Report of the Municipal Commissioner on the plague in Bombay for the year ending 31st May... - Volume 3
Disease focus: Plague
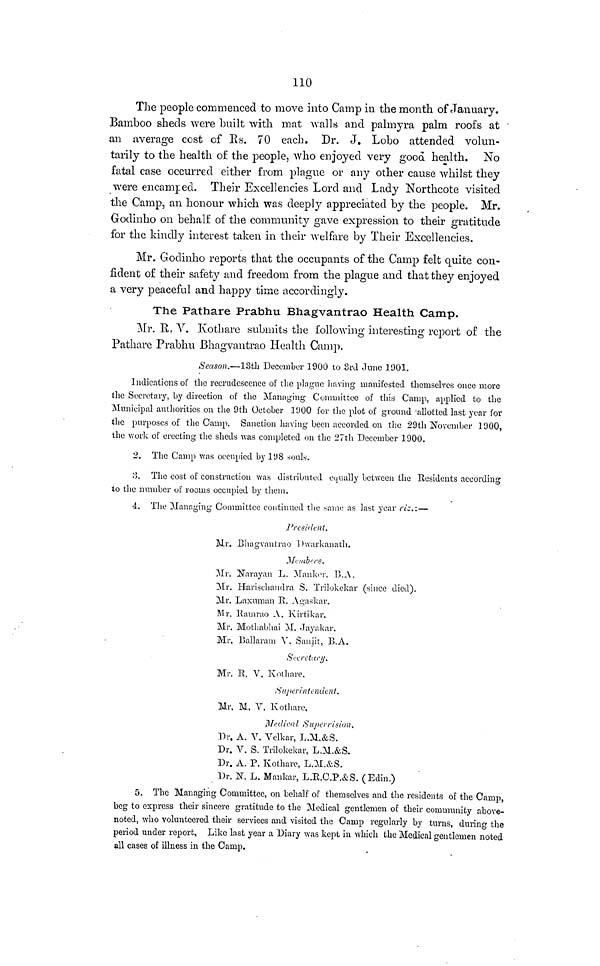
110
The people commenced to move into Camp in the month of January.
Bamboo sheds were "built with mat Avails and palmyra palm roofs at
an average cost of Rs. 70 each. Dr. J. Lobo attended volun-
tarily to the health of the people, who enjoyed very good health. No
fatal case occurred either from plague or any other cause whilst they
were encamped. Their Excellencies Lord and Lady Northcote visited
the Camp, an honour which was deeply appreciated by the people. Mr.
Godinho on behalf of the community gave expression to their gratitude
for the kindly interest taken in their welfare by Their Excellencies.
Mr. Godinho reports that the occupants of the Camp felt quite con-
fident of their safety and freedom from the plague and that they enjoyed
a very peaceful and happy time accordingly.
The Pathare Prabhu Bhagvantrao Health Camp.
Mr. R. V. Kothare submits the following interesting report of the
Pathare Prabhu Bhagvantrao Health Camp.
Season.—13th December 1900 to 3rd June 1901.
Indications of the recrudescence of the plague having manifested themselves once more
the Secretary, by direction of the Managing Committee of this Camp, applied to the
Municipal authorities on the 9th October 1900 for the plot of ground allotted last year for
the purposes of the Camp. Sanction having been accorded on the 29th November 1900,
the work of erecting the sheds was completed on the 27th December 1900.
2. The Camp was occupied by 198 souls.
3. The cost of construction was distributed equally between the Residents according
to the number of rooms occupied by them.
4. The Managing Committee continued the same as last year viz.: —
President.
Mr. Bhagvantrao Dwarkanath.
Members.
Mr. Narayan L. Manker. B.A.
Mr. Harischandra S. Trilokekar (since died).
Mr. Laxuman R. Agaskar.
Mr. Ramrao A. Kirtikar,
Mr. Mothabhai M. Jayakar.
Mr. Ballaram V. Sanjit, U.A.
Secretary.
Mr. R. V. Kothare.
Superintendent.
Mr, M. V. Kothare.
Medical Supervisions.
Dr, A. V. Velkar, L.M.&S.
Dr. V. S. Trilokekar, L.M.&S.
Dr. A. P. Kothare, L.M.&S.
Dr. N. L. Mankar, L.R.C.P.&S. (Edin.)
5. The Managing Committee, on behalf of themselves and the residents of the Camp,
beg to express their sincere gratitude to the Medical gentlemen of their community above-
noted, who volunteered their services and visited the Camp regularly by turns, during the
period under report. Like last year a Diary was kept in which the Medical gentlemen noted
all cases of illness in the Camp.